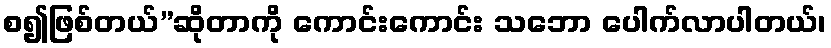
စ၍ဖြစ်တယ်”ဆိုတာကို ကောင်းကောင်း သဘော ပေါက်လာပါတယ်၊